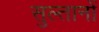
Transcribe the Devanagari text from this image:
सुल्‍तानों